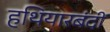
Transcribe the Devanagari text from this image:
हथियारबंदी